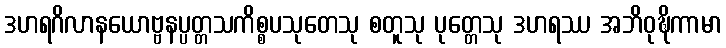
ဒဟရဂိလာနယောဗ္ဗနပ္ပတ္တသကိစ္စပသုတေသု စတူသု ပုတ္တေသု ဒဟရဿ အဘိဝုဍ္ဎိကာမာ